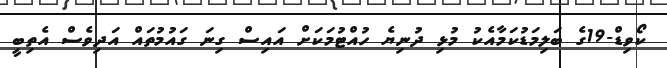
ކޯވިޑް-19ގެ ބަލިމަޑުކަމާއެކު މުޅި ދުނިޔެ ހުއްޓުމަކަށް އައިސް ގިނަ ގައުމުތައް އަދިވެސް އެތިބީ